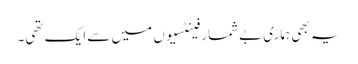
یہ بھی ہماری بےشمار فینٹسیوں میں سے ایک تھی۔